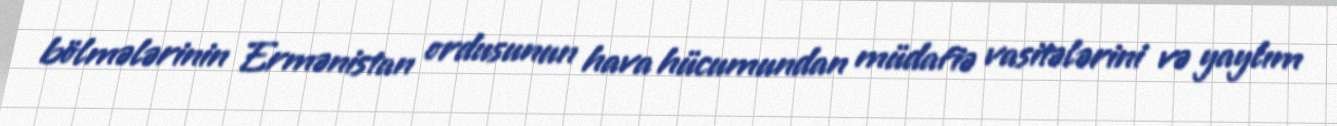
bölmələrinin Ermənistan ordusunun hava hücumundan müdafiə vasitələrini və yaylım